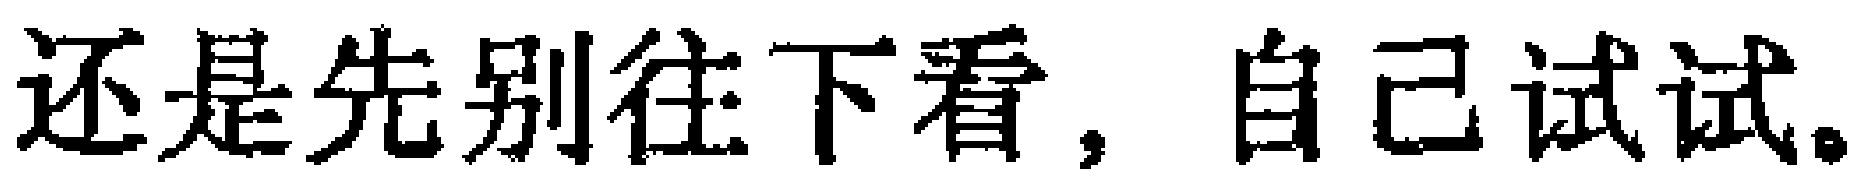
还是先别往下看，自己试试。